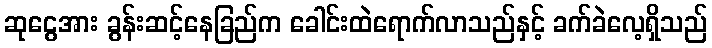
ဆုငွေအား ခွန်းဆင့်နေခြည်က ခေါင်းထဲရောက်လာသည်နှင့် ခက်ခဲလေ့ရှိသည်